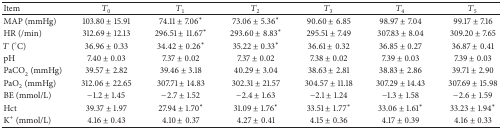
| Item | T0 | T1 | T2 | T3 | T4 | T5 |
 | --- | --- | --- | --- | --- | --- | --- |
 | MAP (mmHg) | 103.80 ± 15.91 | 74.11 ± 7.06∗ | 73.06 ± 5.36∗ | 90.60 ± 6.85 | 98.97 ± 7.04 | 99.17 ± 7.16 |
 | HR (/min) | 312.69 ± 12.13 | 296.51 ± 11.67∗ | 293.60 ± 8.83∗ | 295.51 ± 7.49 | 307.83 ± 8.04 | 309.20 ± 7.65 |
 | T (°C) | 36.96 ± 0.33 | 34.42 ± 0.26∗ | 35.22 ± 0.33∗ | 36.61 ± 0.32 | 36.85 ± 0.27 | 36.87 ± 0.41 |
 | pH | 7.40 ± 0.03 | 7.37 ± 0.02 | 7.37 ± 0.02 | 7.38 ± 0.02 | 7.39 ± 0.03 | 7.39 ± 0.03 |
 | PaCO2 (mmHg) | 39.57 ± 2.82 | 39.46 ± 3.18 | 40.29 ± 3.04 | 38.63 ± 2.81 | 38.83 ± 2.86 | 39.71 ± 2.90 |
 | PaO2 (mmHg) | 312.06 ± 22.65 | 307.71 ± 14.83 | 302.31 ± 21.57 | 304.57 ± 11.18 | 307.29 ± 14.43 | 307.69 ± 15.98 |
 | BE (mmol/L) | −1.2 ± 1.45 | −2.7 ± 1.52 | −2.4 ± 1.63 | −2.1 ± 1.24 | −1.3 ± 1.58 | −2.6 ± 1.59 |
 | Hct | 39.37 ± 1.97 | 27.94 ± 1.70∗ | 31.09 ± 1.76∗ | 33.51 ± 1.77∗ | 33.06 ± 1.61∗ | 33.23 ± 1.94∗ |
 | K+ (mmol/L) | 4.16 ± 0.43 | 4.10 ± 0.37 | 4.27 ± 0.41 | 4.15 ± 0.36 | 4.17 ± 0.39 | 4.16 ± 0.33 |